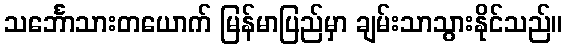
သင်္ဘောသားတယောက် မြန်မာပြည်မှာ ချမ်းသာသွားနိုင်သည်။